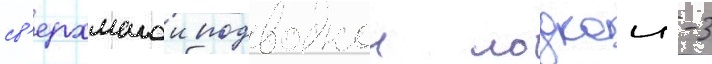
св'ерхмалои подводнои лодкои -3